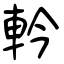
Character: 軡